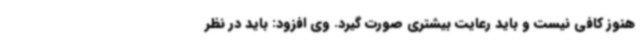
هنوز کافی نیست و باید رعایت بیشتری صورت گیرد. وی افزود: باید در نظر